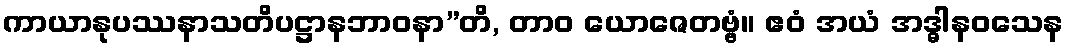
ကာယာနုပဿနာသတိပဋ္ဌာနဘာဝနာ”တိ, တာဝ ယောဇေတဗ္ဗံ။ ဧဝံ အယံ အဒ္ဓါနဝသေန